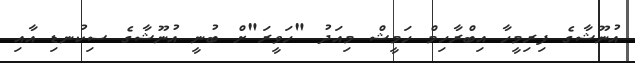
އުނޫޝާގެ ފިރިމީހާ އިބްރާހިމް ހަމީޝް މިއަދު "ހަވީރަ"ށް ބުނީ އުނޫޝާގެ ސިކުނޑި އާއި